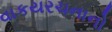
વાકયરચનાનો